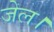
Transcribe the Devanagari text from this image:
जेल।